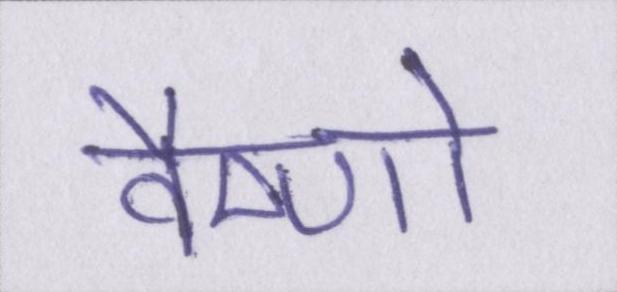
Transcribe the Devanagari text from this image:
वैष्णो